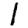
Digit: 1